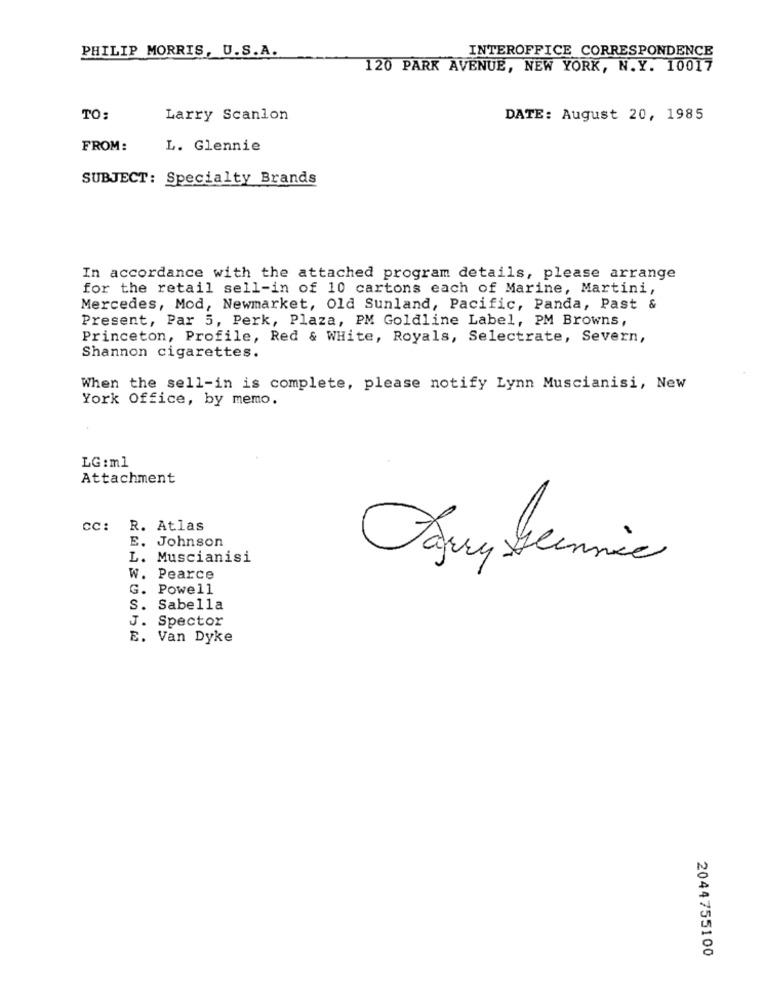
PHILIP MORRIS, U.S.A.
INTEROFFICE CORRESPONDENCE
120 PARK AVENUE, NEW YORK, N.Y. 10017
TO:
Larry Scanlon
DATE: August 20, 1985
FROM:
L. Glennie
SUBJECT: Specialty Brands
In accordance with the attached program details, please arrange
for the retail sell-in of 10 cartons each of Marine, Martini,
Mercedes, Mod, Newmarket, Old Sunland, Pacific, Panda, Past &
Present, Par 5, Perk, Plaza, PM Goldline Label, PM Browns,
Princeton, Profile, Red & WHite, Royals, Selectrate, Severn,
Shannon cigarettes.
When the sell-in is complete, please notify Lynn Muscianisi, New
York Office, by memo.
LG :ml
Attachment
CC: R. Atlas
E. Johnson
L. Muscianisi
W. Pearce
G. Powell
S.
Sabella
J. Spector
E. Van Dyke
2044755100